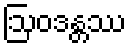
ဩဝဒန္တဿ